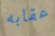
عقابه